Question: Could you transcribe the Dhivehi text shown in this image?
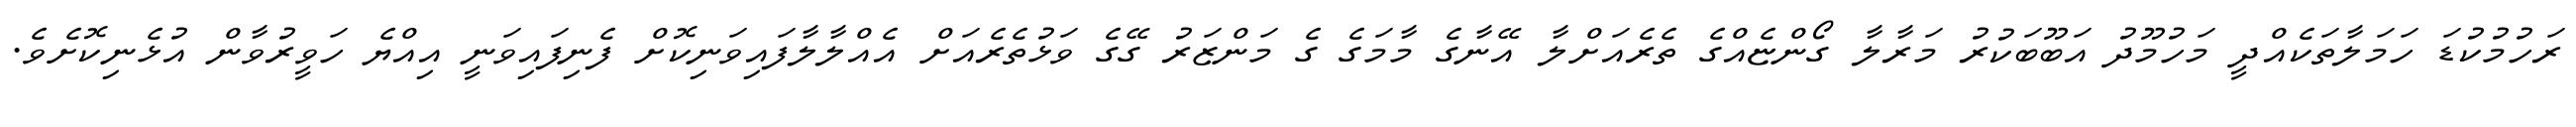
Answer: ރަހުމުކުޑަ ހަމަލާތަކެއްދީ މަހުމޫދު އަބޫބަކުރު މަރާލާ ގޯންޏެއްގެ ތެރެއަށްލާ އޭނާގެ މާމަގެ ގެ މަންޒަރު ގޭގެ ވަޅުތެރެއަށް އެއްލާލާފައިވަނިކޮށް ފެނިފައިވަނީ އިއްޔެ ހަވީރުވާން އުޅެނިކޮށެވެ.